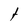
Character: t